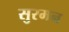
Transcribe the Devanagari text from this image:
सुरमन